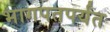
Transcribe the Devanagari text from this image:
भागपतपर्यंत